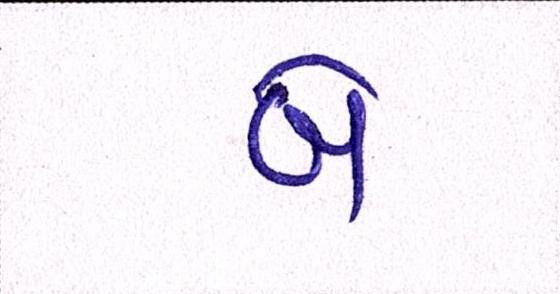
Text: બે